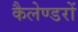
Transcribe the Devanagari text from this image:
कैलेण्डरों